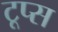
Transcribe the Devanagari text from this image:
टूप्स